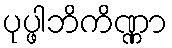
ပုပ္ဖါဘိကိဏ္ဏာ